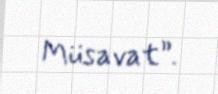
Müsavat”.